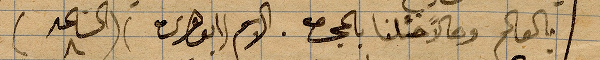
بالعالم وحالًا .... بالمجمع. الاسم ابوهريره (المساعد)